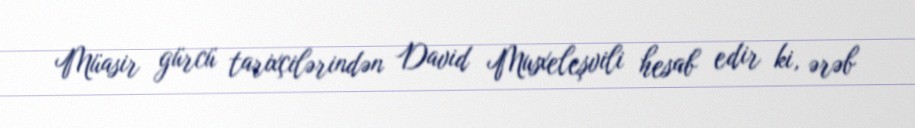
Müasir gürcü tarixçilərindən David Musxeleşvili hesab edir ki, ərəb